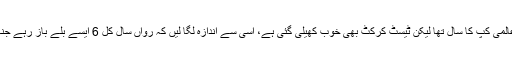
گو کہ 2015ء ایک روزہ کرکٹ کے عالمی کپ کا سال تھا لیکن ٹیسٹ کرکٹ بھی خوب کھیلی گئی ہے، اسی سے اندازہ لگا لیں کہ رواں سال کل 6 ایسے بلے باز رہے جنہوں نے ایک ہزار سے زیادہ رنز بنائے۔